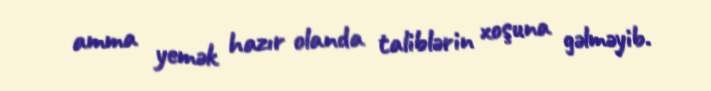
amma yemək hazır olanda taliblərin xoşuna gəlməyib.